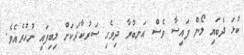
ކުޅަ ދެބައި ލޯން ފައިސާ ވެސް އަނބުރާ ދިވެހި ސަރުކާރަކަށް ލިބިފައި ނުހުރެއެވެ.